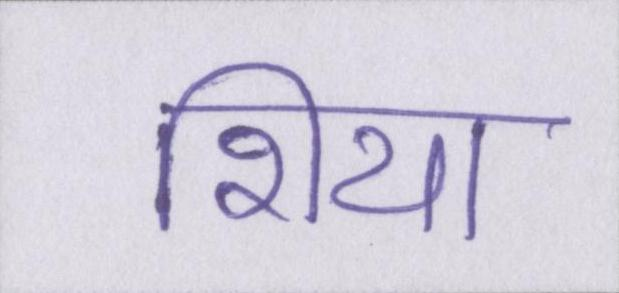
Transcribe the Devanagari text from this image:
शिया